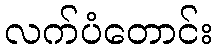
လက်ပံတောင်း